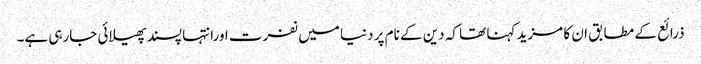
ذرائع کے مطابق ان کا مزید کہنا تھا کہ دین کے نام پر دنیا میں نفرت اورانتہا پسند پھیلائی جارہی ہے۔